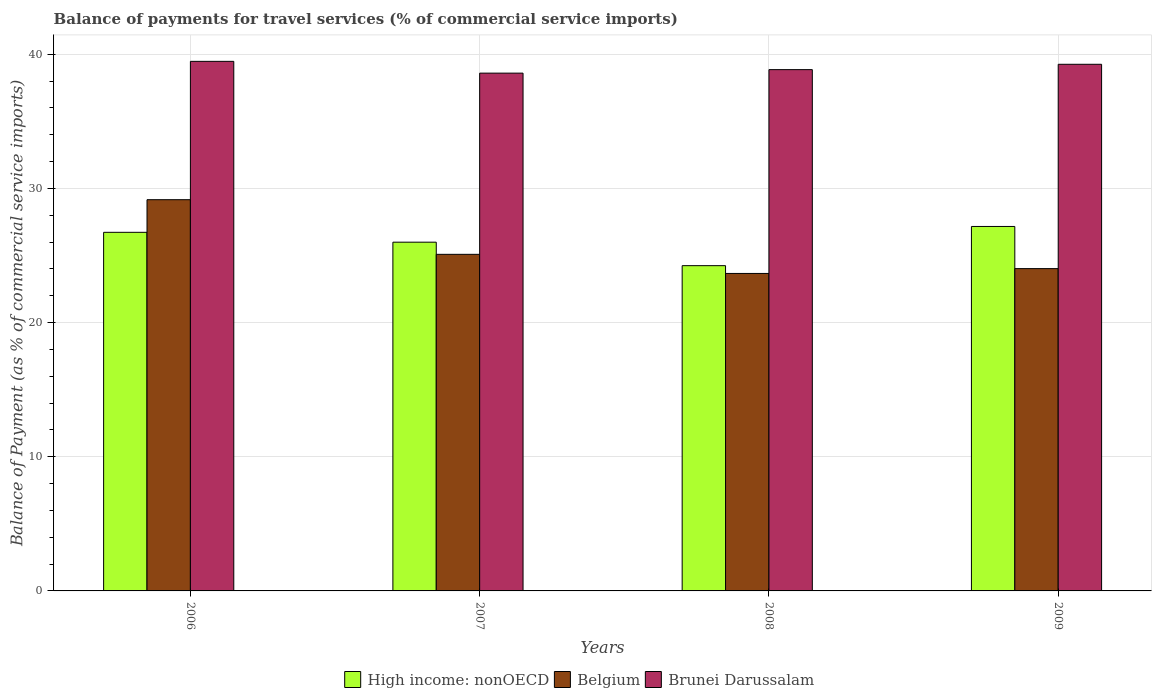
| Years | High income: nonOECD | Belgium | Brunei Darussalam |
 | --- | --- | --- | --- |
 | 2006 | 26.7 | 29.2 | 39.5 |
 | 2007 | 26 | 25.1 | 38.6 |
 | 2008 | 24.2 | 23.7 | 38.9 |
 | 2009 | 27.2 | 24 | 39.3 |